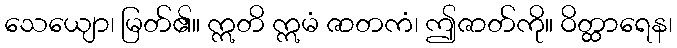
သေယျော၊ မြတ်၏။ ဣတိ ဣမံ ဇာတကံ၊ ဤဇာတ်ကို။ ဝိတ္ထာရေန၊